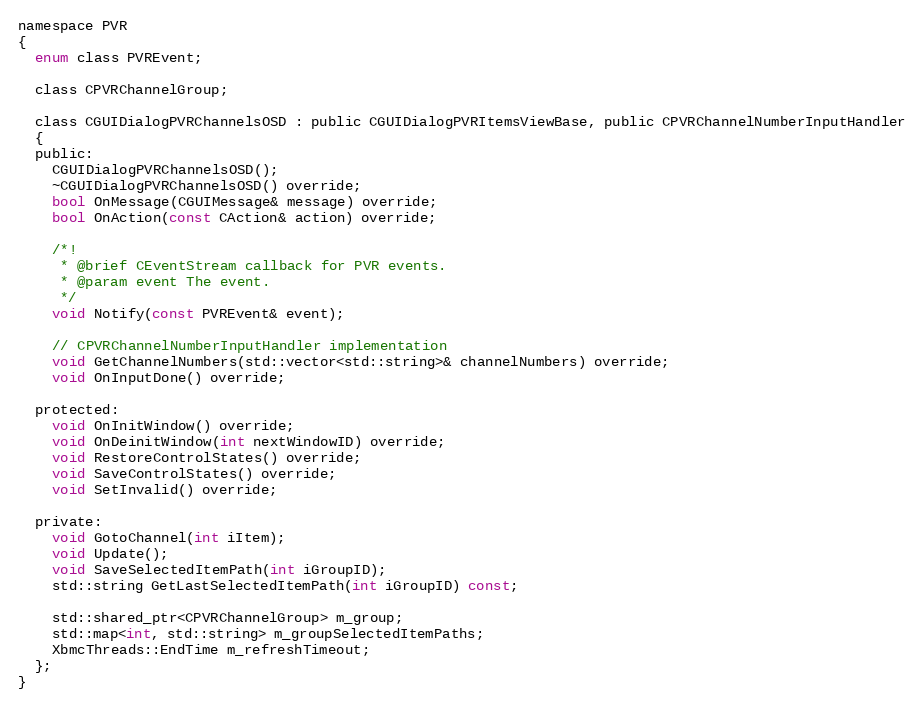
Language: C
namespace PVR
{
  enum class PVREvent;

  class CPVRChannelGroup;

  class CGUIDialogPVRChannelsOSD : public CGUIDialogPVRItemsViewBase, public CPVRChannelNumberInputHandler
  {
  public:
    CGUIDialogPVRChannelsOSD();
    ~CGUIDialogPVRChannelsOSD() override;
    bool OnMessage(CGUIMessage& message) override;
    bool OnAction(const CAction& action) override;

    /*!
     * @brief CEventStream callback for PVR events.
     * @param event The event.
     */
    void Notify(const PVREvent& event);

    // CPVRChannelNumberInputHandler implementation
    void GetChannelNumbers(std::vector<std::string>& channelNumbers) override;
    void OnInputDone() override;

  protected:
    void OnInitWindow() override;
    void OnDeinitWindow(int nextWindowID) override;
    void RestoreControlStates() override;
    void SaveControlStates() override;
    void SetInvalid() override;

  private:
    void GotoChannel(int iItem);
    void Update();
    void SaveSelectedItemPath(int iGroupID);
    std::string GetLastSelectedItemPath(int iGroupID) const;

    std::shared_ptr<CPVRChannelGroup> m_group;
    std::map<int, std::string> m_groupSelectedItemPaths;
    XbmcThreads::EndTime m_refreshTimeout;
  };
}